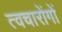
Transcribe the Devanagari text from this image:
त्वचारोंगों